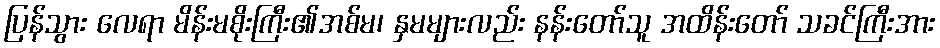
ပြန်သွား လေရာ မိန်းမစိုးကြီး၏အစ်မ၊ နှမများလည်း နန်းတော်သူ အထိန်းတော် သခင်ကြီးအား